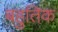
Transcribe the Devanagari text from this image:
बहुतिक